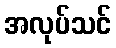
အလုပ်သင်